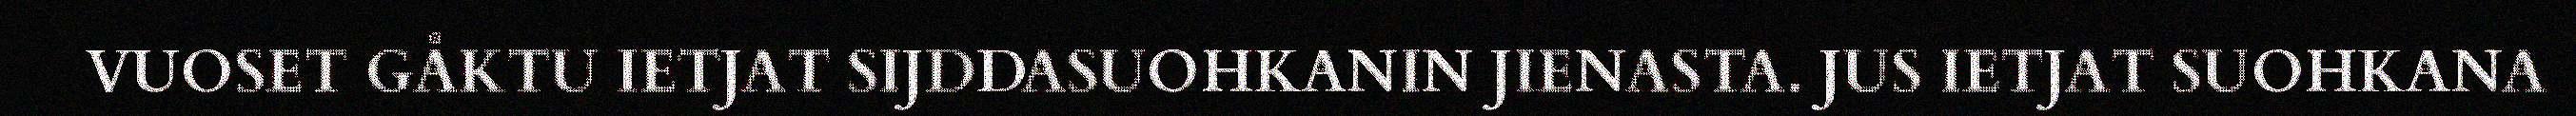
VUOSET GÅKTU IETJAT SIJDDASUOHKANIN JIENASTA. JUS IETJAT SUOHKANA